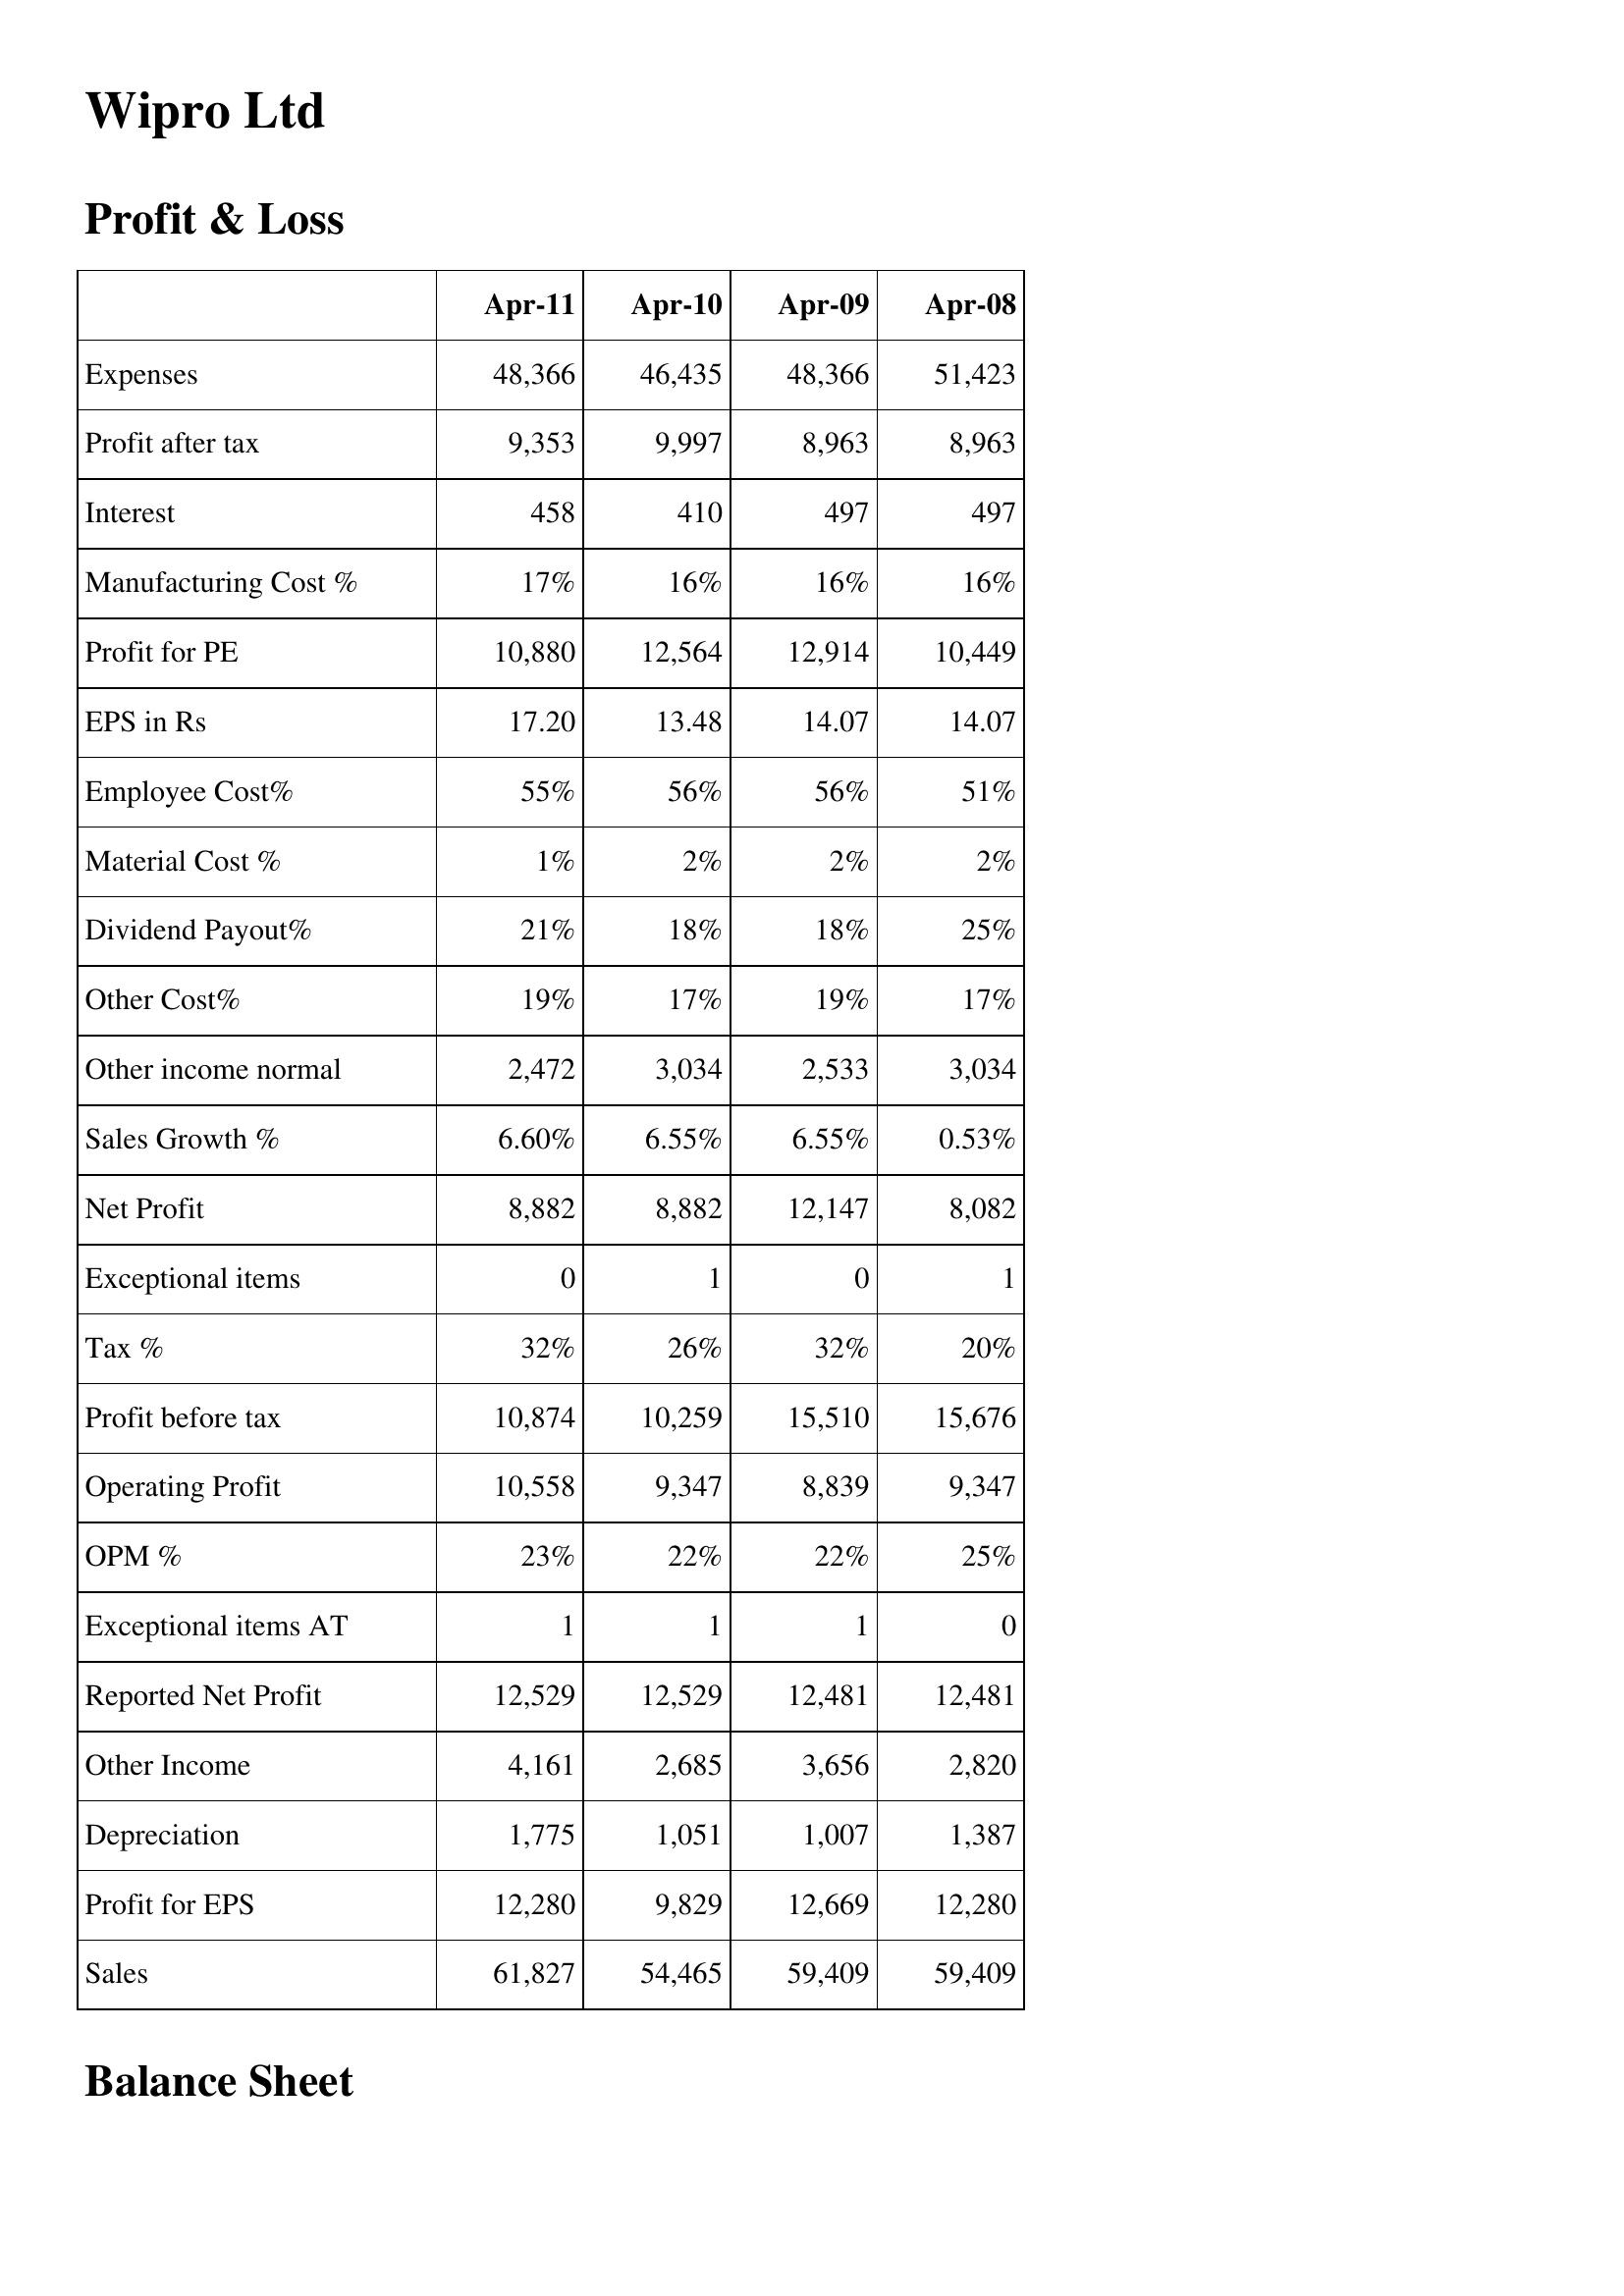
Apr-11: Profit & Loss: Expenses: 48,366
Profit after tax: 9,353
Interest: 458
Manufacturing Cost %: 17%
Profit for PE: 10,880
EPS in Rs: 17.20
Employee Cost%: 55%
Material Cost %: 1%
Dividend Payout%: 21%
Other Cost%: 19%
Other income normal: 2,472
Sales Growth %: 6.60%
Net Profit: 8,882
Exceptional items: 0
Tax %: 32%
Profit before tax: 10,874
Operating Profit: 10,558
OPM %: 23%
Exceptional items AT: 1
Reported Net Profit: 12,529
Other Income: 4,161
Depreciation: 1,775
Profit for EPS: 12,280
Sales: 61,827
Apr-10: Profit & Loss: Expenses: 46,435
Profit after tax: 9,997
Interest: 410
Manufacturing Cost %: 16%
Profit for PE: 12,564
EPS in Rs: 13.48
Employee Cost%: 56%
Material Cost %: 2%
Dividend Payout%: 18%
Other Cost%: 17%
Other income normal: 3,034
Sales Growth %: 6.55%
Net Profit: 8,882
Exceptional items: 1
Tax %: 26%
Profit before tax: 10,259
Operating Profit: 9,347
OPM %: 22%
Exceptional items AT: 1
Reported Net Profit: 12,529
Other Income: 2,685
Depreciation: 1,051
Profit for EPS: 9,829
Sales: 54,465
Apr-09: Profit & Loss: Expenses: 48,366
Profit after tax: 8,963
Interest: 497
Manufacturing Cost %: 16%
Profit for PE: 12,914
EPS in Rs: 14.07
Employee Cost%: 56%
Material Cost %: 2%
Dividend Payout%: 18%
Other Cost%: 19%
Other income normal: 2,533
Sales Growth %: 6.55%
Net Profit: 12,147
Exceptional items: 0
Tax %: 32%
Profit before tax: 15,510
Operating Profit: 8,839
OPM %: 22%
Exceptional items AT: 1
Reported Net Profit: 12,481
Other Income: 3,656
Depreciation: 1,007
Profit for EPS: 12,669
Sales: 59,409
Apr-08: Profit & Loss: Expenses: 51,423
Profit after tax: 8,963
Interest: 497
Manufacturing Cost %: 16%
Profit for PE: 10,449
EPS in Rs: 14.07
Employee Cost%: 51%
Material Cost %: 2%
Dividend Payout%: 25%
Other Cost%: 17%
Other income normal: 3,034
Sales Growth %: 0.53%
Net Profit: 8,082
Exceptional items: 1
Tax %: 20%
Profit before tax: 15,676
Operating Profit: 9,347
OPM %: 25%
Exceptional items AT: 0
Reported Net Profit: 12,481
Other Income: 2,820
Depreciation: 1,387
Profit for EPS: 12,280
Sales: 59,409